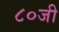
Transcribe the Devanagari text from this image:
८०जी